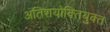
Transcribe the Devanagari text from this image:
अतिशयोक्‍तियुक्‍त